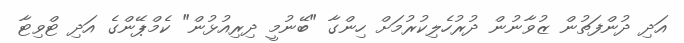
އަދި ދުންފަތުން ޒުވާނުން ދުރުހެލިކުރުމަށް ހިންގާ "ބޭނުމީ ދިރިއުޅުން" ކެމްޕޭންގެ އަދި ޓްވިޓާ